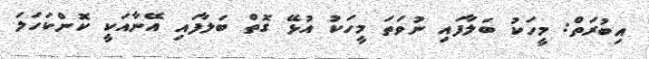
އިބުރަތް: މީހަކު ބަލާފައި ނުވަތަ މީހަކު އުޅޭ ގޮތް ބަލާފައި އޭނާއަކީ ކޮންކަހަލަ